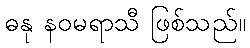
ဓနု နဝမရာသီ ဖြစ်သည်။